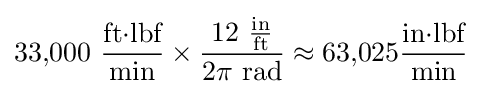
33{,}000~{\frac {{\text{ft}}{\cdot }{\text{lbf}}}{\text{min}}}\times {\frac {12~{\frac {\text{in}}{\text{ft}}}}{2\pi ~{\text{rad}}}}\approx 63{,}025{\frac {{\text{in}}{\cdot }{\text{lbf}}}{\text{min}}}